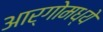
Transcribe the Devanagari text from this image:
आर्गोमध्ये